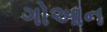
ગોઆન